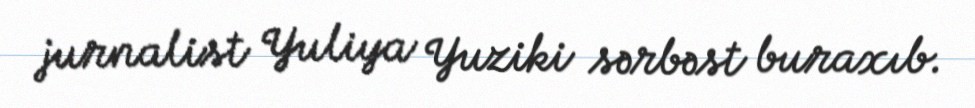
jurnalist Yuliya Yuziki sərbəst buraxıb.